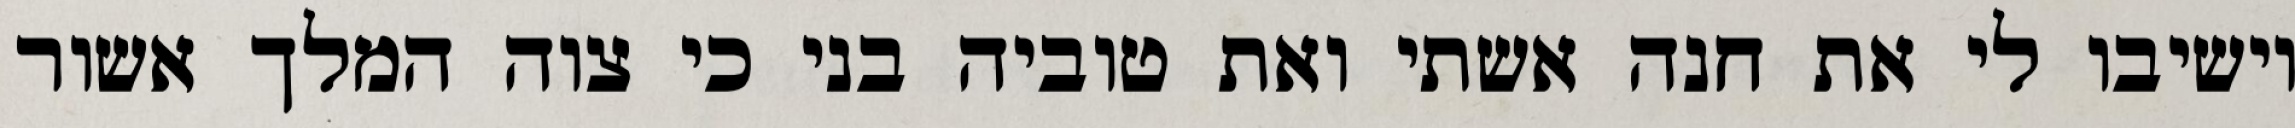
וישיבו לי את חנה אשתי ואת טוביה בני כי צוה המלך אשור